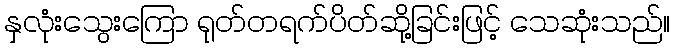
နှလုံးသွေးကြော ရုတ်တရက်ပိတ်ဆို့ခြင်းဖြင့် သေဆုံးသည်။